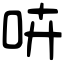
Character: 𠱥